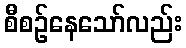
စီစဉ်နေသော်လည်း